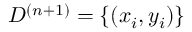
D ^ { ( n + 1 ) } = \{ ( x _ { i } , y _ { i } ) \}